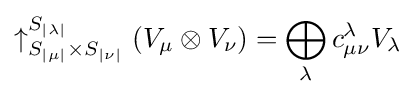
\uparrow _{S_{|\mu |}\times S_{|\nu |}}^{S_{|\lambda |}}\left(V_{\mu }\otimes V_{\nu }\right)=\bigoplus _{\lambda }c_{\mu \nu }^{\lambda }V_{\lambda }